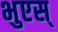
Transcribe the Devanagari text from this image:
भुएस्‌